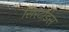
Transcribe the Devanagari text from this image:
सिरेटोडस